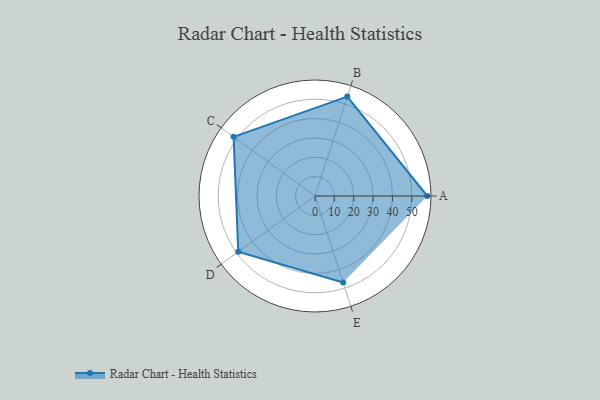
{"axis": {"x": "Skill", "y": "Score"}, "legend": ["Profile"], "data": [{"x": "A", "y": 58.0, "type": "Profile"}, {"x": "B", "y": 54.0, "type": "Profile"}, {"x": "C", "y": 52.0, "type": "Profile"}, {"x": "D", "y": 49.0, "type": "Profile"}, {"x": "E", "y": 47.0, "type": "Profile"}]}